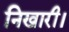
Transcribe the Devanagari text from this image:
निखारी।